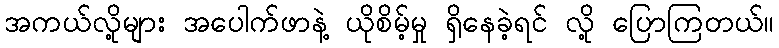
အကယ်လို့များ အပေါက်ဖာနဲ့ ယိုစိမ့်မှု ရှိနေခဲ့ရင် လို့ ပြောကြတယ်။